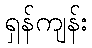
ရှန်ကျန်း